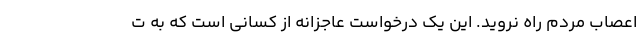
اعصاب مردم راه نروید. این یک درخواست عاجزانه از کسانی است که به ت